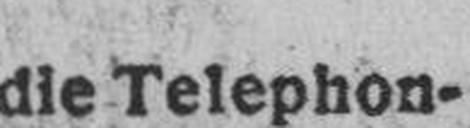
die Telephon¬